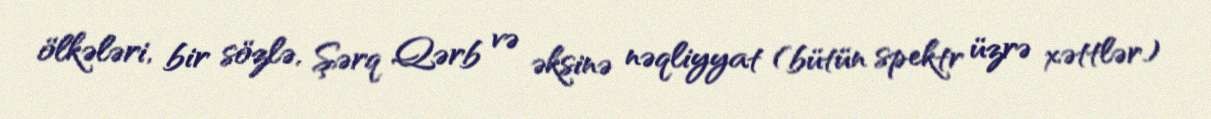
ölkələri, bir sözlə, Şərq Qərb və əksinə nəqliyyat (bütün spektr üzrə xəttlər)